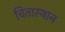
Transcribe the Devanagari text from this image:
चितास्थान